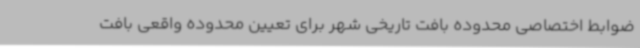
ضوابط اختصاصی محدوده بافت تاریخی شهر برای تعیین محدوده واقعی بافت